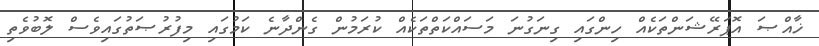
ޚާއްޞަ އޮޕަރޭޝަންތަކެއް ހިންގައި ގިނަގުނަ މަސައްކަތްތަކެއް ކުރަމުން ގެންދާނެ ކަމުގައި މިފުރުޞަތުގައިވެސް ލޮބުވެތި